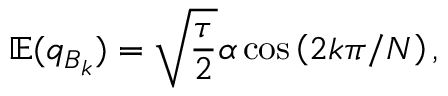
\mathbb { E } ( q _ { B _ { k } } ) = \sqrt { \frac { \tau } { 2 } } \alpha \cos \left( 2 k \pi / N \right) ,